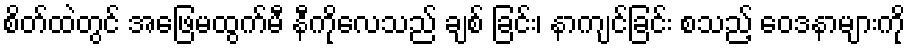
စိတ်ထဲတွင် အဖြေမထွက်မီ နီကိုလေသည် ချစ် ခြင်း၊ နာကျင်ခြင်း စသည့် ဝေဒနာများကို